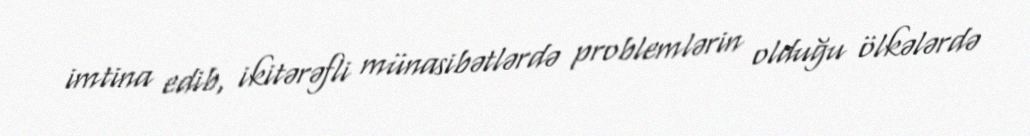
imtina edib, ikitərəfli münasibətlərdə problemlərin olduğu ölkələrdə